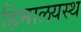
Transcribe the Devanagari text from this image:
हिमालयस्थ